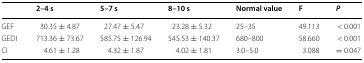
<table><thead><tr><td></td><td><b>2–4 s</b></td><td><b>5–7 s</b></td><td><b>8–10 s</b></td><td><b>Normal value</b></td><td><b>F</b></td><td><b><i>P</i></b></td></tr></thead><tbody><tr><td>GEF</td><td>30.35 ± 4.87</td><td>27.47 ± 5.47</td><td>23.28 ± 5.32</td><td>25–35</td><td>49.113</td><td>&lt; 0.001</td></tr><tr><td>GEDI</td><td>713.36 ± 73.67</td><td>585.75 ± 126.94</td><td>545.53 ± 140.37</td><td>680–800</td><td>58.660</td><td>&lt; 0.001</td></tr><tr><td>CI</td><td>4.61 ± 1.28</td><td>4.32 ± 1.87</td><td>4.02 ± 1.81</td><td>3.0–5.0</td><td>3.088</td><td>= 0.047</td></tr></tbody></table>